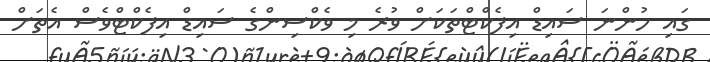
ގައި ހުންނަ ސައިޑް އިފެކްޓްތަކަށް ވުރެ މި ވެކްސިންގެ ސައިޑް އިފެކްޓްވެސް އެތަށް